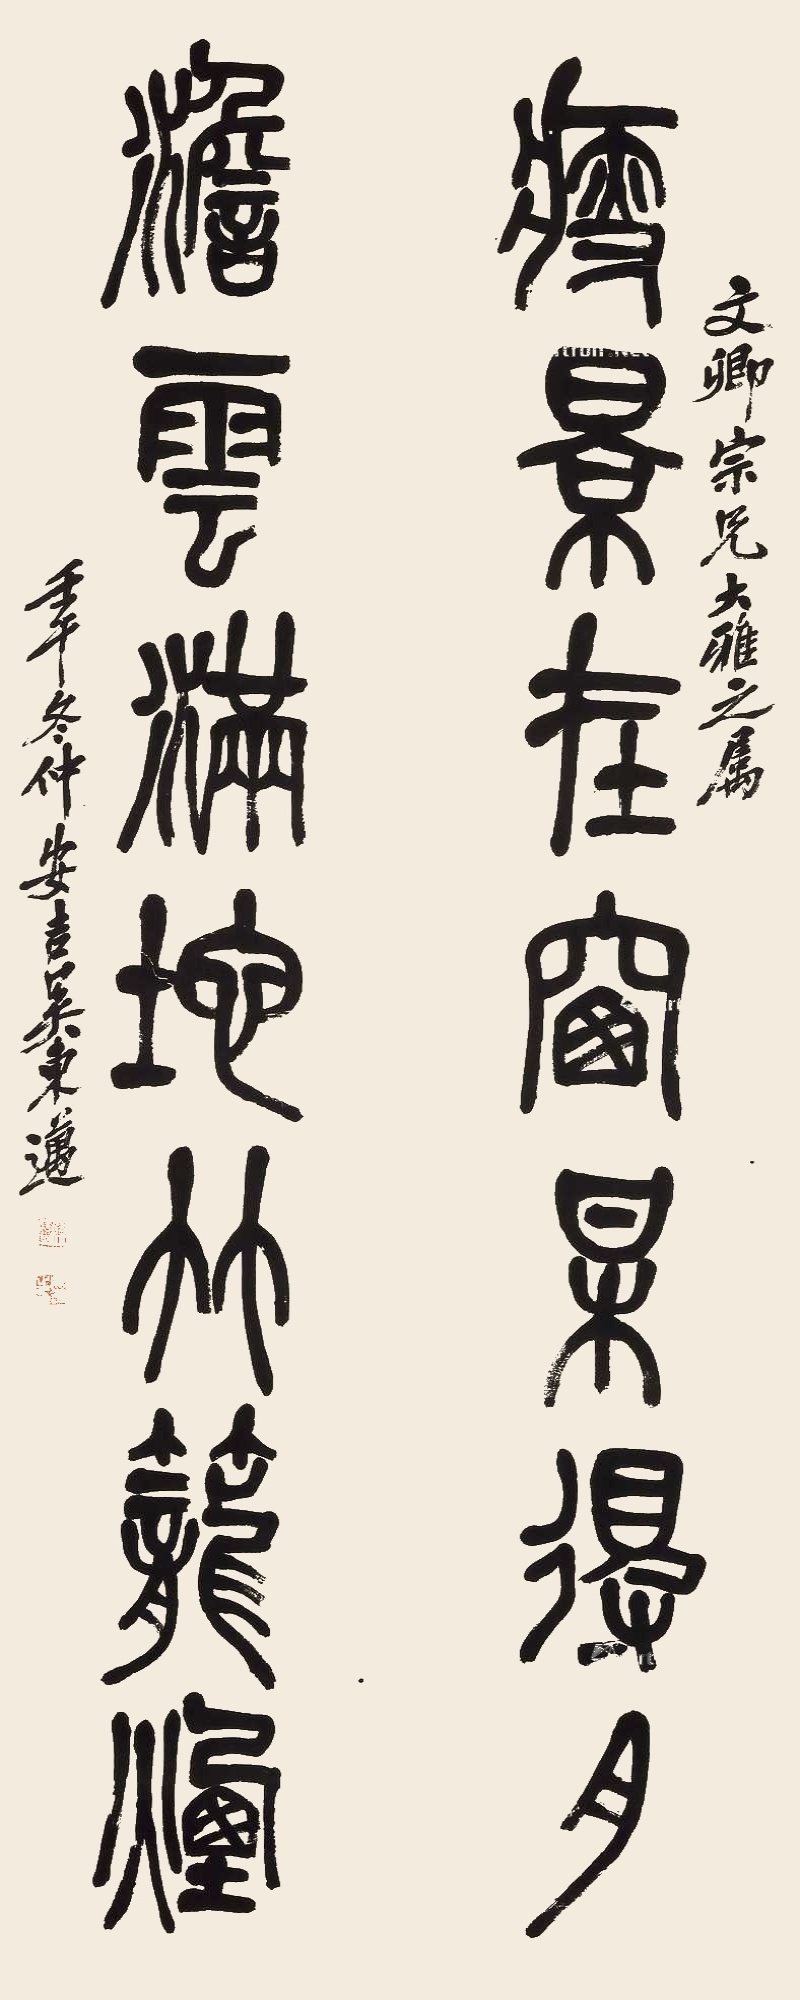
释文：瘦影在窗梅得月，澹云满地竹笼烟。文卿宗兄大雅之属，壬午冬仲安吉吴东迈。